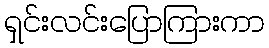
ရှင်းလင်းပြောကြားကာ